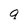
Character: q